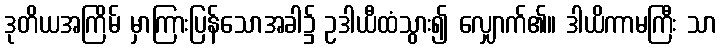
ဒုတိယအကြိမ် မှာကြားပြန်သောအခါ၌ ဥဒါယီထံသွား၍ လျှောက်၏။ ဒါယိကာမကြီး သာ